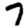
Digit: 7